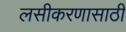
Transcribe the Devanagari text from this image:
लसीकरणासाठी